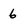
Character: 6